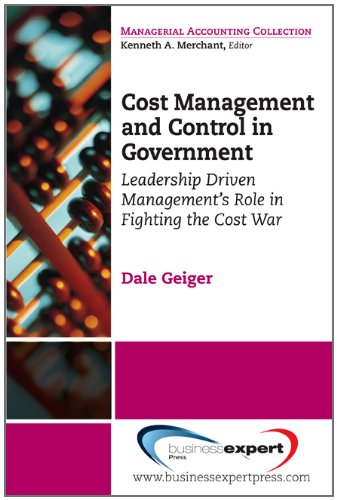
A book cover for Cost Management and Control in Government: A Proven, Practical Leadership Driven Management Approach to Fighting the Cost War in Government (Managerial Accounting Collection); Dale Geiger; Business & Money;